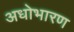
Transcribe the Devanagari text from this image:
अधोभारण